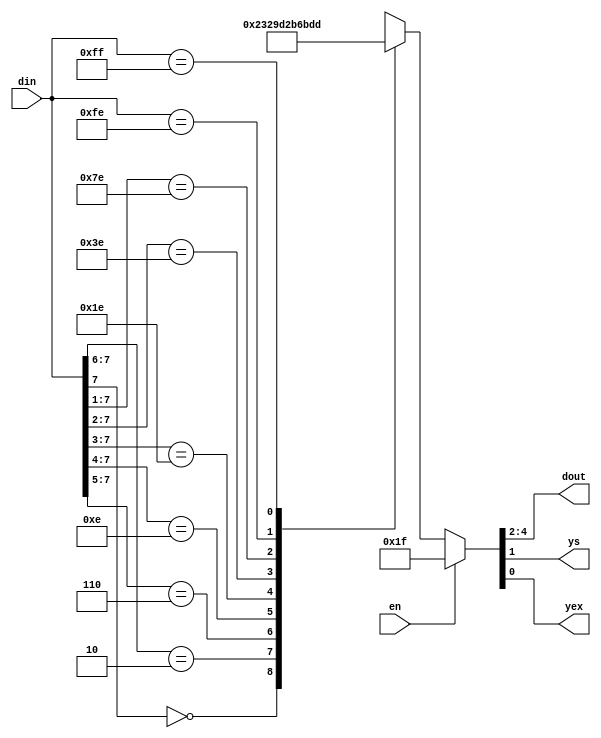
module code83p(
	input [7:0] din,
	input en,
	output reg [2:0] dout,
	output reg ys,yex
);
	always@(din or en) begin
		if (en) {dout,ys,yex}<={3'b111,1'b1,1'b1};
		else begin
			casex(din)
				8'b0???????:{dout,ys,yex}<={3'b000,1'b1,1'b0};
				8'b10??????:{dout,ys,yex}<={3'b001,1'b1,1'b0};
				8'b110?????:{dout,ys,yex}<={3'b010,1'b1,1'b0};
				8'b1110????:{dout,ys,yex}<={3'b011,1'b1,1'b0};
				8'b11110???:{dout,ys,yex}<={3'b100,1'b1,1'b0};
				8'b111110??:{dout,ys,yex}<={3'b101,1'b1,1'b0};
				8'b1111110?:{dout,ys,yex}<={3'b110,1'b1,1'b0};
				8'b11111110:{dout,ys,yex}<={3'b111,1'b1,1'b0};
				8'b11111111:{dout,ys,yex}<={3'b111,1'b0,1'b1};
			endcase
		end
	end

endmodule